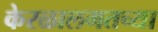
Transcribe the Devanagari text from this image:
केरळालगतच्या